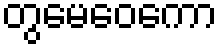
တွမေဝေကော